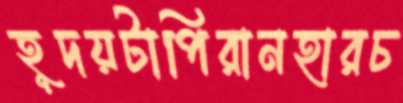
হূদয়টাপিরানহারচ